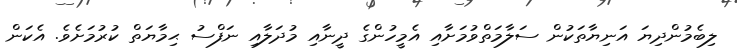
ލިބެމުންދިޔަ އަނިޔާތަކުން ސަލާމަތްވުމަށާއި އެމީހުންގެ ދީނާއި މުދަލާއި ނަފްސު ޙިމާޔަތް ކުރުމަށެވެ. އެކަން